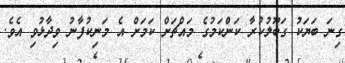
ގިނަ ބަޔަކު ގަބޫލުކުރާ ކަންކަމުގެ މައްޗަށް ކަމަށް އެ މަނިކުފާނު ވިދާޅުވި އެވެ.